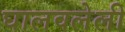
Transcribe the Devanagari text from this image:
घालवलेली